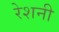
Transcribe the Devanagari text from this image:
रेशनी